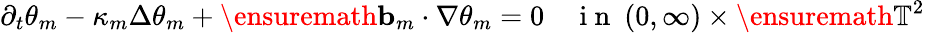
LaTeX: \partial_{t}\theta_{m}-\kappa_{m}\Delta\theta_{m}+\ensuremath{\mathbf{b}}_{m}\cdot\nabla\theta_{m}=0\quad\mathrm{~i~n~}\ (0,\infty)\times\ensuremath{\mathbb{T}}^{2}